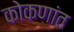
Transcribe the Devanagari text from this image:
कोकणांत